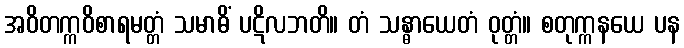
အဝိတက္ကဝိစာရမတ္တံ သမာဓိံ ပဋိလဘတိ။ တံ သန္ဓာယေတံ ဝုတ္တံ။ စတုက္ကနယေ ပန